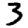
Digit: 3